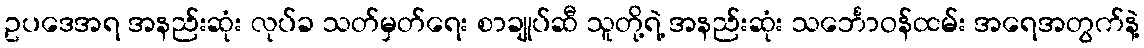
ဥပဒေအရ အနည်းဆုံး လုပ်ခ သတ်မှတ်ရေး စာချုပ်ဆီ သူတို့ရဲ့ အနည်းဆုံး သင်္ဘောဝန်ထမ်း အရေအတွက်နဲ့